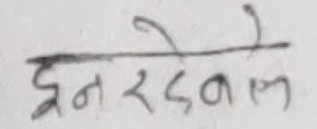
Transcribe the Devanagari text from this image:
इनरदेवाल